Rangoon Lunatic Asylum 1878-1892 - 1878-1892
Year: 1878
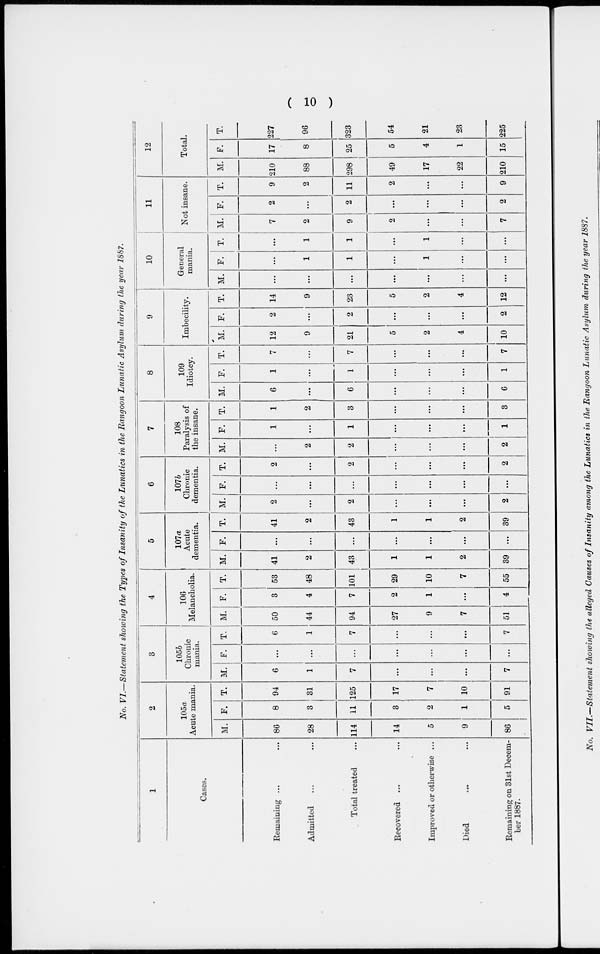
( 10 )
No. VI.—Statement showing the Types of Insanity of the Lunatics in the Rangoon Lunatic Asylum during the year 1887.
1
Cases.
Remaining... ...
Admitted ... ...
Total treated ... ...
Recovered ... ...
Improved or otherwise ...
Died
...
...
Remaining on 31st Decem-
ber 1887.
2
105a
Acute mania.
M.
86
28
114
14
5
9
86
F.
8
3
11
3
2
1
5
T.
94
31
125
17
7
10
91
3
105b
Chronic
mania.
M.
6
1
7
...
...
...
7
F.
...
...
...
...
...
...
...
T.
6
1
7
...
...
...
7
4
106
Melancholia.
M.
50
44
94
27
9
7
51
F.
3
4
7
2
1
...
4
T.
53
48
101
29
10
7
55
5
107a
Acute
dementia.
M.
41
2
43
1
1
2
39
F.
...
...
...
...
...
...
...
T.
41
2
43
1
1
2
39
6
107b
Chronic
dementia.
M.
2
...
2
...
...
...
2
F.
...
...
...
...
...
...
...
T.
2
...
2
...
...
...
2
7
108
Paralysis of
the insane.
M.
...
2
2
...
...
...
2
F.
1
...
1
...
...
...
1
T.
1
2
3
...
...
...
3
8
109
Idiotcy.
M.
6
...
6
...
...
...
6
F.
1
...
1
...
...
...
1
T.
7
...
7
...
...
...
7
9
Imbecility.
M.
12
9
21
5
2
4
10
F.
2
...
2
...
...
...
2
T.
14
9
23
5
2
4
12
10
General
mania.
M.
...
...
...
...
...
...
...
F.
...
1
1
...
1
...
...
T.
...
1
1
...
1
...
...
11
Not insane.
M.
7
2
9
2
...
...
7
F.
2
...
2
...
...
...
2
T.
9
2
11
2
...
...
9
12
Total.
M.
210
88
298
49
17
22
210
F.
17
8
25
5
4
1
15
T.
227
96
323
54
21
23
225